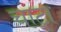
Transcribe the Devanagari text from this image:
चाटा